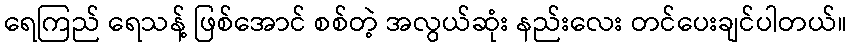
ရေကြည် ရေသန့် ဖြစ်အောင် စစ်တဲ့ အလွယ်ဆုံး နည်းလေး တင်ပေးချင်ပါတယ်။